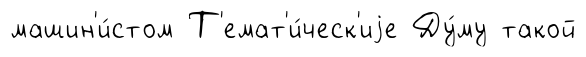
машин'и́стом Т'емат'и́ческ'иjе Ду́му такой